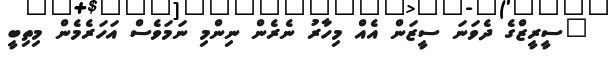
"ސީރީޒްގެ ދެވަނަ ސީޒަން އެއް މިހާރު ނެރެން ނިންމި ނަމަވެސް އަހަރެމެން މިތިބީ